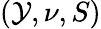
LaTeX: (\mathcal{Y},\nu,S)